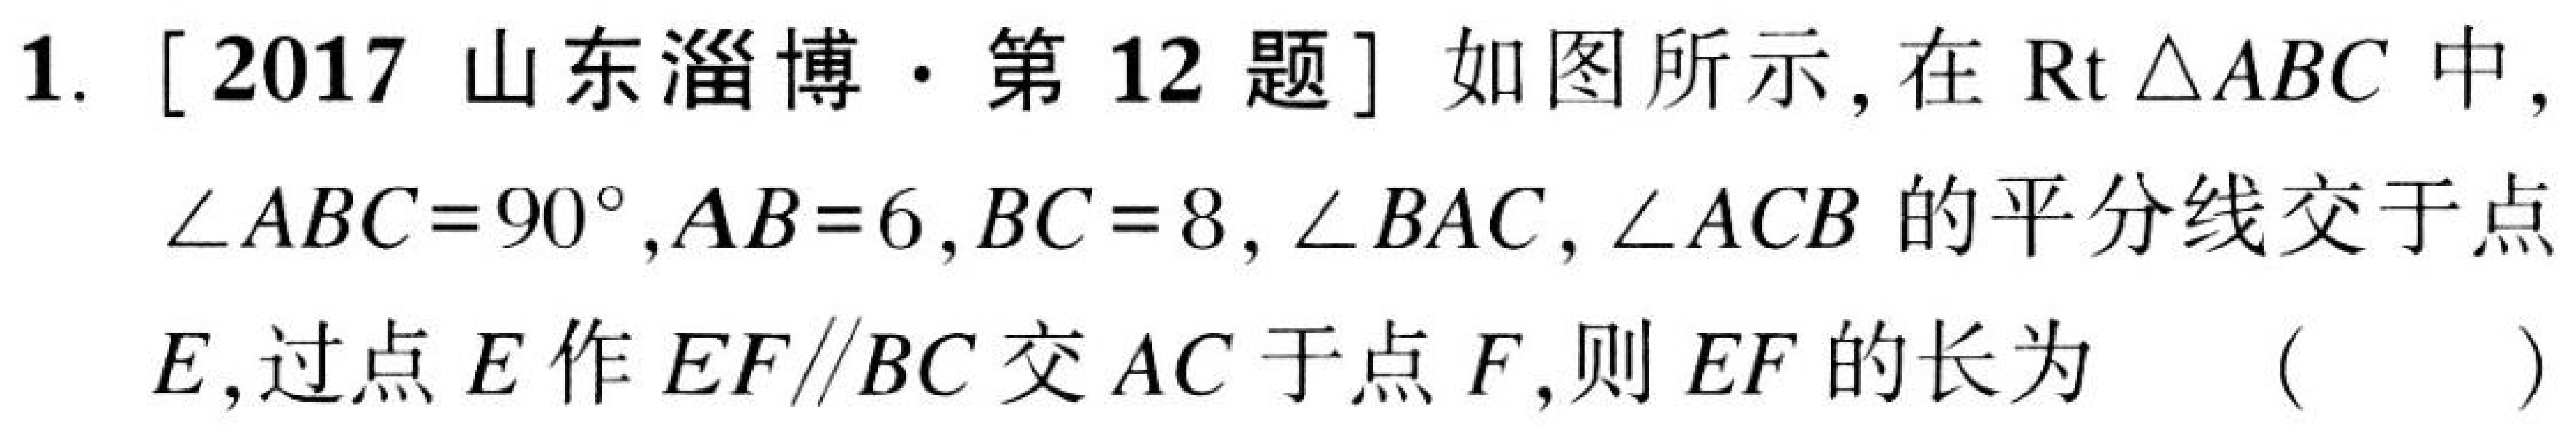
1. [2017山东淄博·第12题] 如图所示,在\(\text{Rt} \triangle ABC\)中, \(\angle ABC = 90^{\circ},AB = 6,BC = 8\), \(\angle BAC,\angle ACB\)的平分线交于点\(E\),过点\(E\)作\(EF\parallel BC\)交\(AC\)于点\(F\),则\(EF\)的长为 （  ）